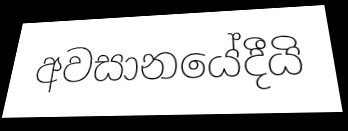
අවසානයේදීයි